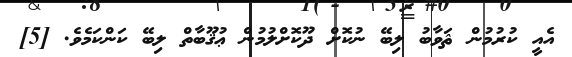
އެއީ ކުރުމުން ޘަވާބު ލިބޭ ނުކޮށް ދޫކޮށްލުމުން ޢުޤޫބާތް ލިބޭ ކަންކަމެވެ. [5]